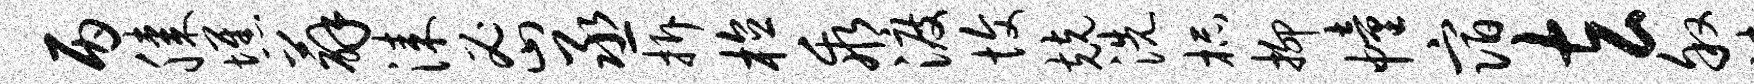
丙膝憔薜漆密丞拆植乖渡愎兢洗杯抑幢宿玄叙妹